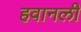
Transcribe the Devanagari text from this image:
हवानली